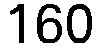
160